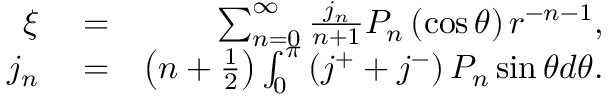
\begin{array} { r l r } { \xi } & { { } = } & { \sum _ { n = 0 } ^ { \infty } \frac { j _ { n } } { n + 1 } P _ { n } \left( \cos \theta \right) r ^ { - n - 1 } , } \\ { j _ { n } } & { { } = } & { \left( n + \frac { 1 } { 2 } \right) \int _ { 0 } ^ { \pi } \left( j ^ { + } + j ^ { - } \right) P _ { n } \sin \theta d \theta . } \end{array}